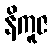
နိကူဇ